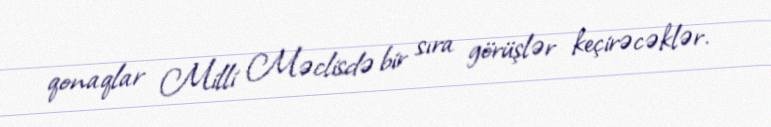
qonaqlar Milli Məclisdə bir sıra görüşlər keçirəcəklər.